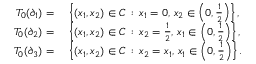
\begin{array} { r l } { T _ { 0 } ( \partial _ { 1 } ) = \ } & { \left\{ ( x _ { 1 } , x _ { 2 } ) \in C \, : \, x _ { 1 } = 0 , \, x _ { 2 } \in \left( 0 , \frac 1 2 \right) \right\} , } \\ { T _ { 0 } ( \partial _ { 2 } ) = \ } & { \left\{ ( x _ { 1 } , x _ { 2 } ) \in C \, : \, x _ { 2 } = \frac 1 2 , \, x _ { 1 } \in \left( 0 , \frac 1 2 \right) \right\} , } \\ { T _ { 0 } ( \partial _ { 3 } ) = \ } & { \left\{ ( x _ { 1 } , x _ { 2 } ) \in C \, : \, x _ { 2 } = x _ { 1 } , \, x _ { 1 } \in \left( 0 , \frac 1 2 \right) \right\} . } \end{array}